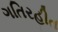
ગતિરહીત